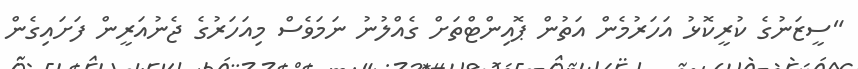
"ސީޒަނުގެ ކުރީކޮޅު އަހަރުމެން އަތުން ޕޮއިންޓްތަށް ގެއްލުނު ނަމަވެސް މިއަހަރުގެ ޖެނުއަރީން ފަށައިގެން